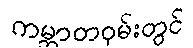
ကမ္ဘာတဝှမ်းတွင်